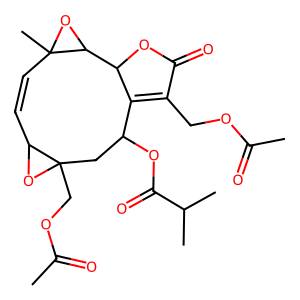
SMILES: CC(=O)OCC1=C2C(OC(=O)C(C)C)CC3(COC(C)=O)OC3C=CC3(C)OC3C2OC1=O
Inhibits HIV replication: No